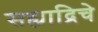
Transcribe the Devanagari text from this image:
सह्याद्रिचे